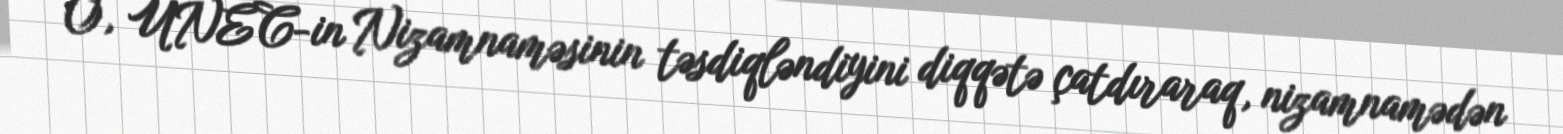
O, UNEC-in Nizamnaməsinin təsdiqləndiyini diqqətə çatdıraraq, nizamnamədən